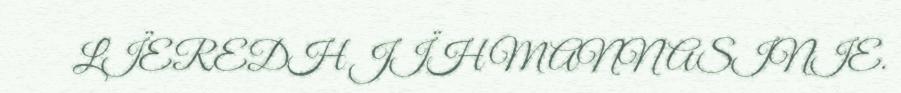
LÏEREDH JÏH MANNASINIE.